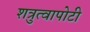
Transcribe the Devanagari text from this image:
शत्रुत्वापोटी